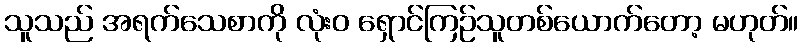
သူသည် အရက်သေစာကို လုံးဝ ရှောင်ကြဉ်သူတစ်ယောက်တော့ မဟုတ်။